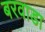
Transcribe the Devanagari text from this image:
बरवाडा